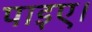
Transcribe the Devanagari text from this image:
पाइए।